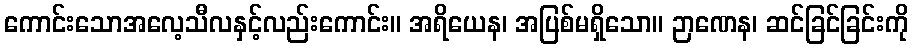
ကောင်းသောအလေ့သီလနှင့်လည်းကောင်း။ အရိယေန၊ အပြစ်မရှိသော။ ဉာဏေန၊ ဆင်ခြင်ခြင်းကို